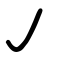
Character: ㇢